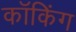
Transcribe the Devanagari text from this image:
कॉकिंग